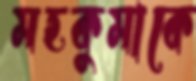
মহকুমাকে